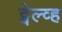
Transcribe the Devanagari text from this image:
ट्वेल्व्ह